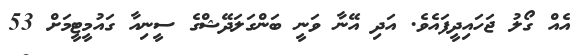
އެއް ގޯލު ޖަހައިދީފައެވެ. އަދި އޭނާ ވަނީ ބަންގަލަދޭޝްގެ ސީނިއާ ގައުމީޓީމަށް 53